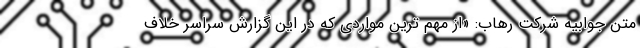
متن جوابیه شرکت رهاب: «از مهم ترین مواردی که در این گزارش سراسر خلاف